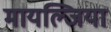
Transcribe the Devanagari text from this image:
मायल्जिया